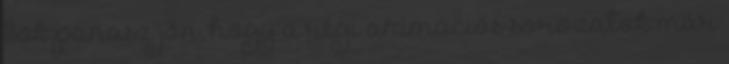
Sok panasz jön, hogy a régi animációs sorozatok már